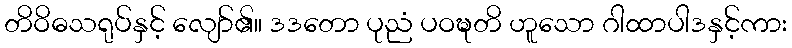
တိဝိဓသရုပ်နှင့် လျော်၏။ ဒဒတော ပုညံ ပဝဍ္ဎတိ ဟူသော ဂါထာပါဒနှင့်ကား